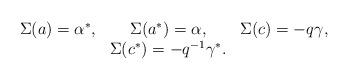
LaTeX: \begin{align*}\begin{array}{ccc}\Sigma(a)=\alpha^{*}, & \Sigma(a^{*})=\alpha, & \Sigma(c)=-q \gamma, \\& \Sigma(c^{*})=-q^{-1}\gamma^{*}.\end{array}\end{align*}